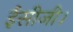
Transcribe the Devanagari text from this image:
ईसीजी।